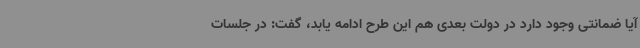
آیا ضمانتی وجود دارد در دولت بعدی هم این طرح ادامه یابد، گفت: در جلسات